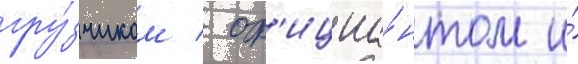
гру́зчиком / оф'ициа́нтом и́